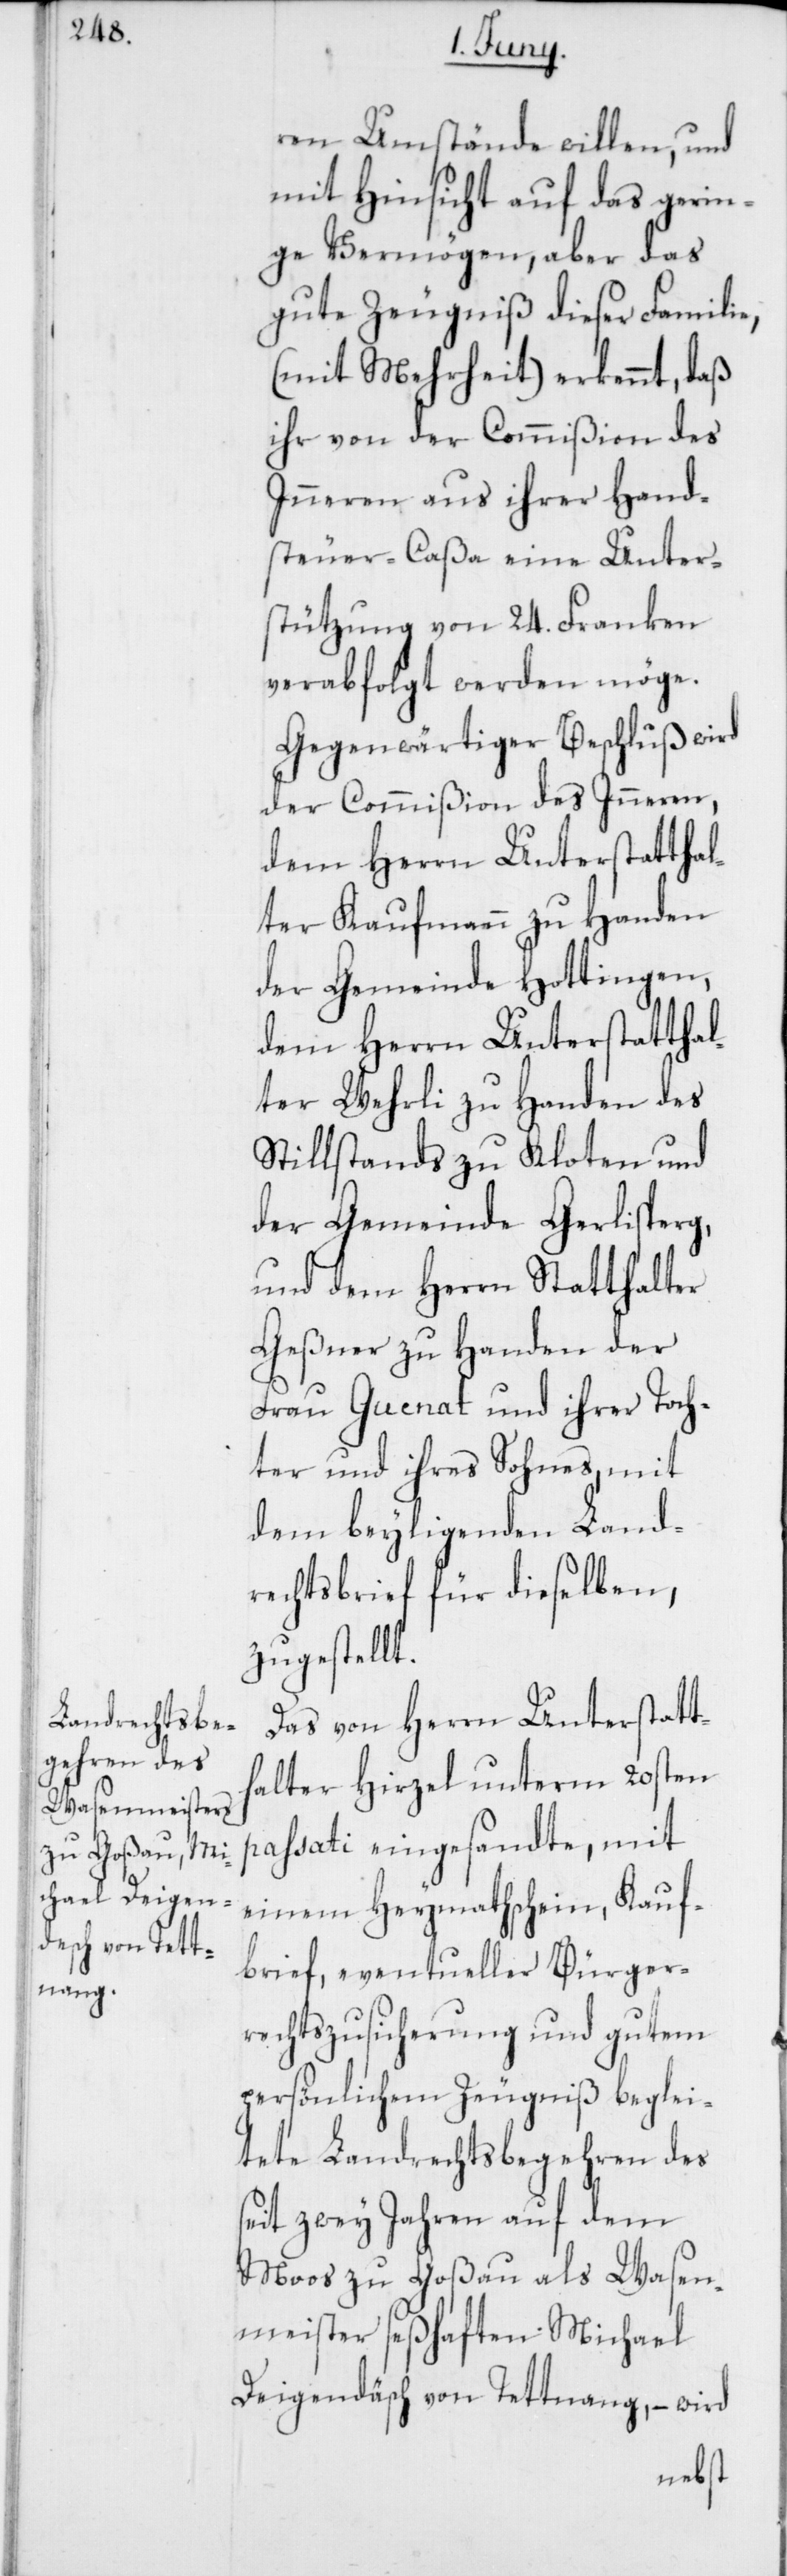
ren Umstände willen, und
mit Hinsicht auf das gerin¬
ge Vermögen, aber das
gute Zeugniß dieser Familie,
(mit Mehrheit) erkennt, daß
ihr von der Commißion des
Inneren aus ihrer Hand¬
steuer-Caßa eine Unter¬
stützung von 24. Franken
verabfolgt werden möge.
Gegenwärtiger Beschluß wird
der Commißion des Inneren,
dem Herrn Unterstatthal¬
ter Kaufmann zu Handen
der Gemeinde Hottingen,
dem Herrn Unterstattha¬
lter Wehrli zu Handen des
Stillstands zu Kloten und
der Gemeinde Gerlisperg,
und dem Herrn Statthalter
Geßner zu Handen der
Frau Guenat und ihrer Toch¬
ter und ihres Sohnes, mit
dem beyligenden Land¬
rechtsbrief für dieselben,
zugestellt.
Das von Herrn Unterstatt¬
halter Hirzel unterm 20sten
passati eingesandte, mit
einem Heymathschein, Kauf¬
brief, eventueller Bürger¬
rechtszusicherung und gutem
perönlichem Zeugniß beglei¬
tete Landrechtsbegehren des
seit zwey Jahren auf dem
Moos zu Goßau als Wasen¬
meister seßhaften Michael